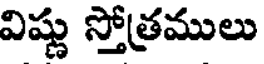
విష్ణు స్తోత్రములు